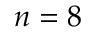
n = 8